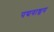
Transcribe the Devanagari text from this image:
पद्यवाड्मय